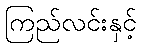
ကြည်လင်းနှင့်